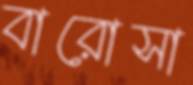
বারোসা